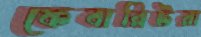
ফেবারিটরা